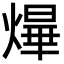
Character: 㷸